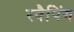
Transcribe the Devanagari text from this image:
स्वैपिंग